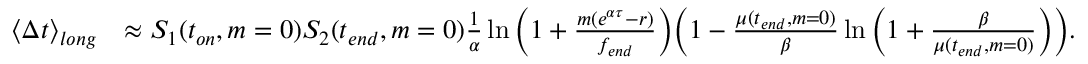
\begin{array} { r l } { \langle \Delta t \rangle _ { l o n g } } & { \approx S _ { 1 } ( t _ { o n } , m = 0 ) S _ { 2 } ( t _ { e n d } , m = 0 ) \frac { 1 } { \alpha } \ln { \bigg ( 1 + \frac { m ( e ^ { \alpha \tau } - r ) } { f _ { e n d } } \bigg ) } \bigg ( 1 - \frac { \mu ( t _ { e n d } , m = 0 ) } { \beta } \ln { \bigg ( 1 + \frac { \beta } { \mu ( t _ { e n d } , m = 0 ) } \bigg ) } \bigg ) . } \end{array}